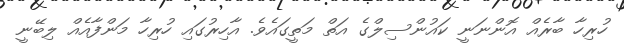
ހުރިހާ ބާރެއް އޮންނަނީ ކައުންސިލްގެ އަތް މަތީގައެވެ. އާހިރުގައި ހުރިހާ މަންފާއެއް ލިބޭނީ